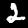
Label: 2